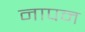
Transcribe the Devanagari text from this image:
नापन